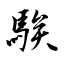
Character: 騃